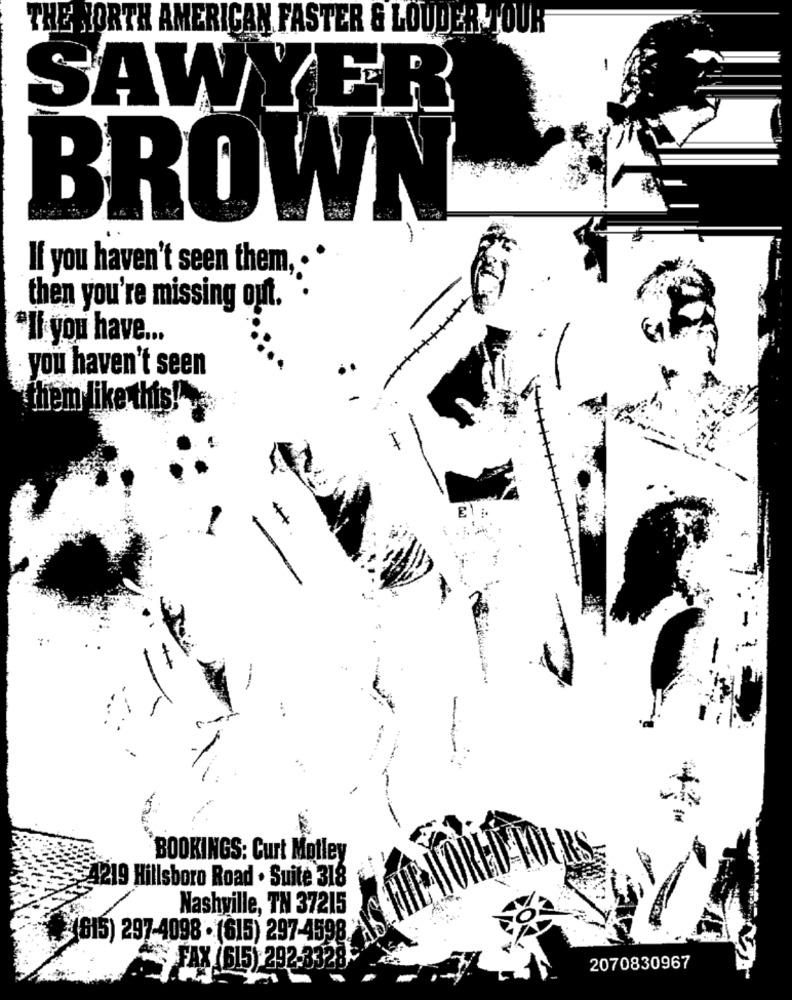
THE NORTH AMERICAN FASTER & LOUDER TOUR
SAWYER
BROWN
-
If you haven't seen them, .
then you're missing out.
"If you have ...
you haven't seen
hem like this!'
BOOKINGS: Curt Motley
4219 Hillsboro Road . Suite 318
Nashville, TN 37215
$(615) 297-4098 . (615) 297-4598.
FAX (615) 292-3328
2070830967